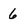
Character: 6